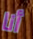
أنا